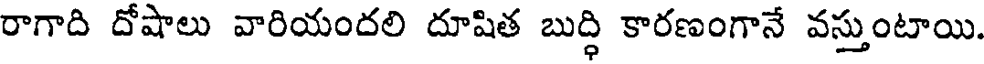
రాగాది దోషాలు వారియందలి దూషిత బుద్ధి కారణంగానే వస్తుంటాయి.